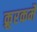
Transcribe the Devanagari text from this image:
क्रूरकर्मे